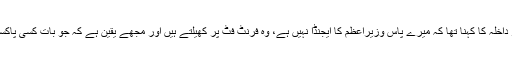
ڈاکٹر عافیہ صدیقی کی رہائی سے متعلق پوچھے گئے سوال کے جواب وزیر داخلہ کا کہنا تھا کہ میرے پاس وزیراعظم کا ایجنڈا نہیں ہے، وہ فرنٹ فٹ پر کھیلتے ہیں اور مجھے یقین ہے کہ جو بات کسی پاکستانی حکمران نے امریکی صدر سے نہیں کی ہوگی وہ عمران خان کریں گے۔